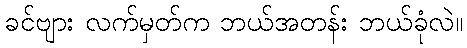
ခင်ဗျား လက်မှတ်က ဘယ်အတန်း ဘယ်ခုံလဲ။